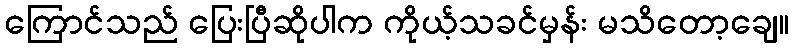
ကြောင်သည် ပြေးပြီဆိုပါက ကိုယ့်သခင်မှန်း မသိတော့ချေ။